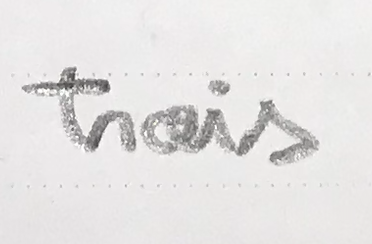
trois